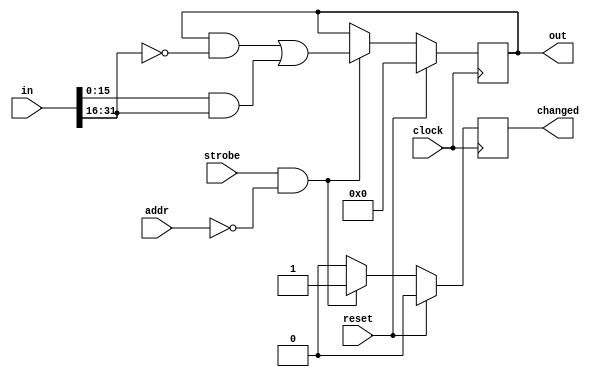


module setting_reg_masked
  ( input clock, input reset, input strobe, input wire [6:0] addr,
    input wire [31:0] in, output reg [31:0] out, output reg changed);
/* upper 16 bits are mask, lower 16 bits are value 
 * Note that you get a 16 bit register, not a 32 bit one */

   parameter my_addr = 0;
   
   always @(posedge clock)
     if(reset)
       begin
	  out <= #1 32'd0;
	  changed <= #1 1'b0;
       end
     else
       if(strobe & (my_addr==addr))
	 begin
	    out <= #1 (out & ~in[31:16]) | (in[15:0] & in[31:16] );
	    changed <= #1 1'b1;
	 end
       else
	 changed <= #1 1'b0;
   
endmodule // setting_reg_masked